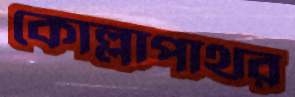
কোল্লাপাথর